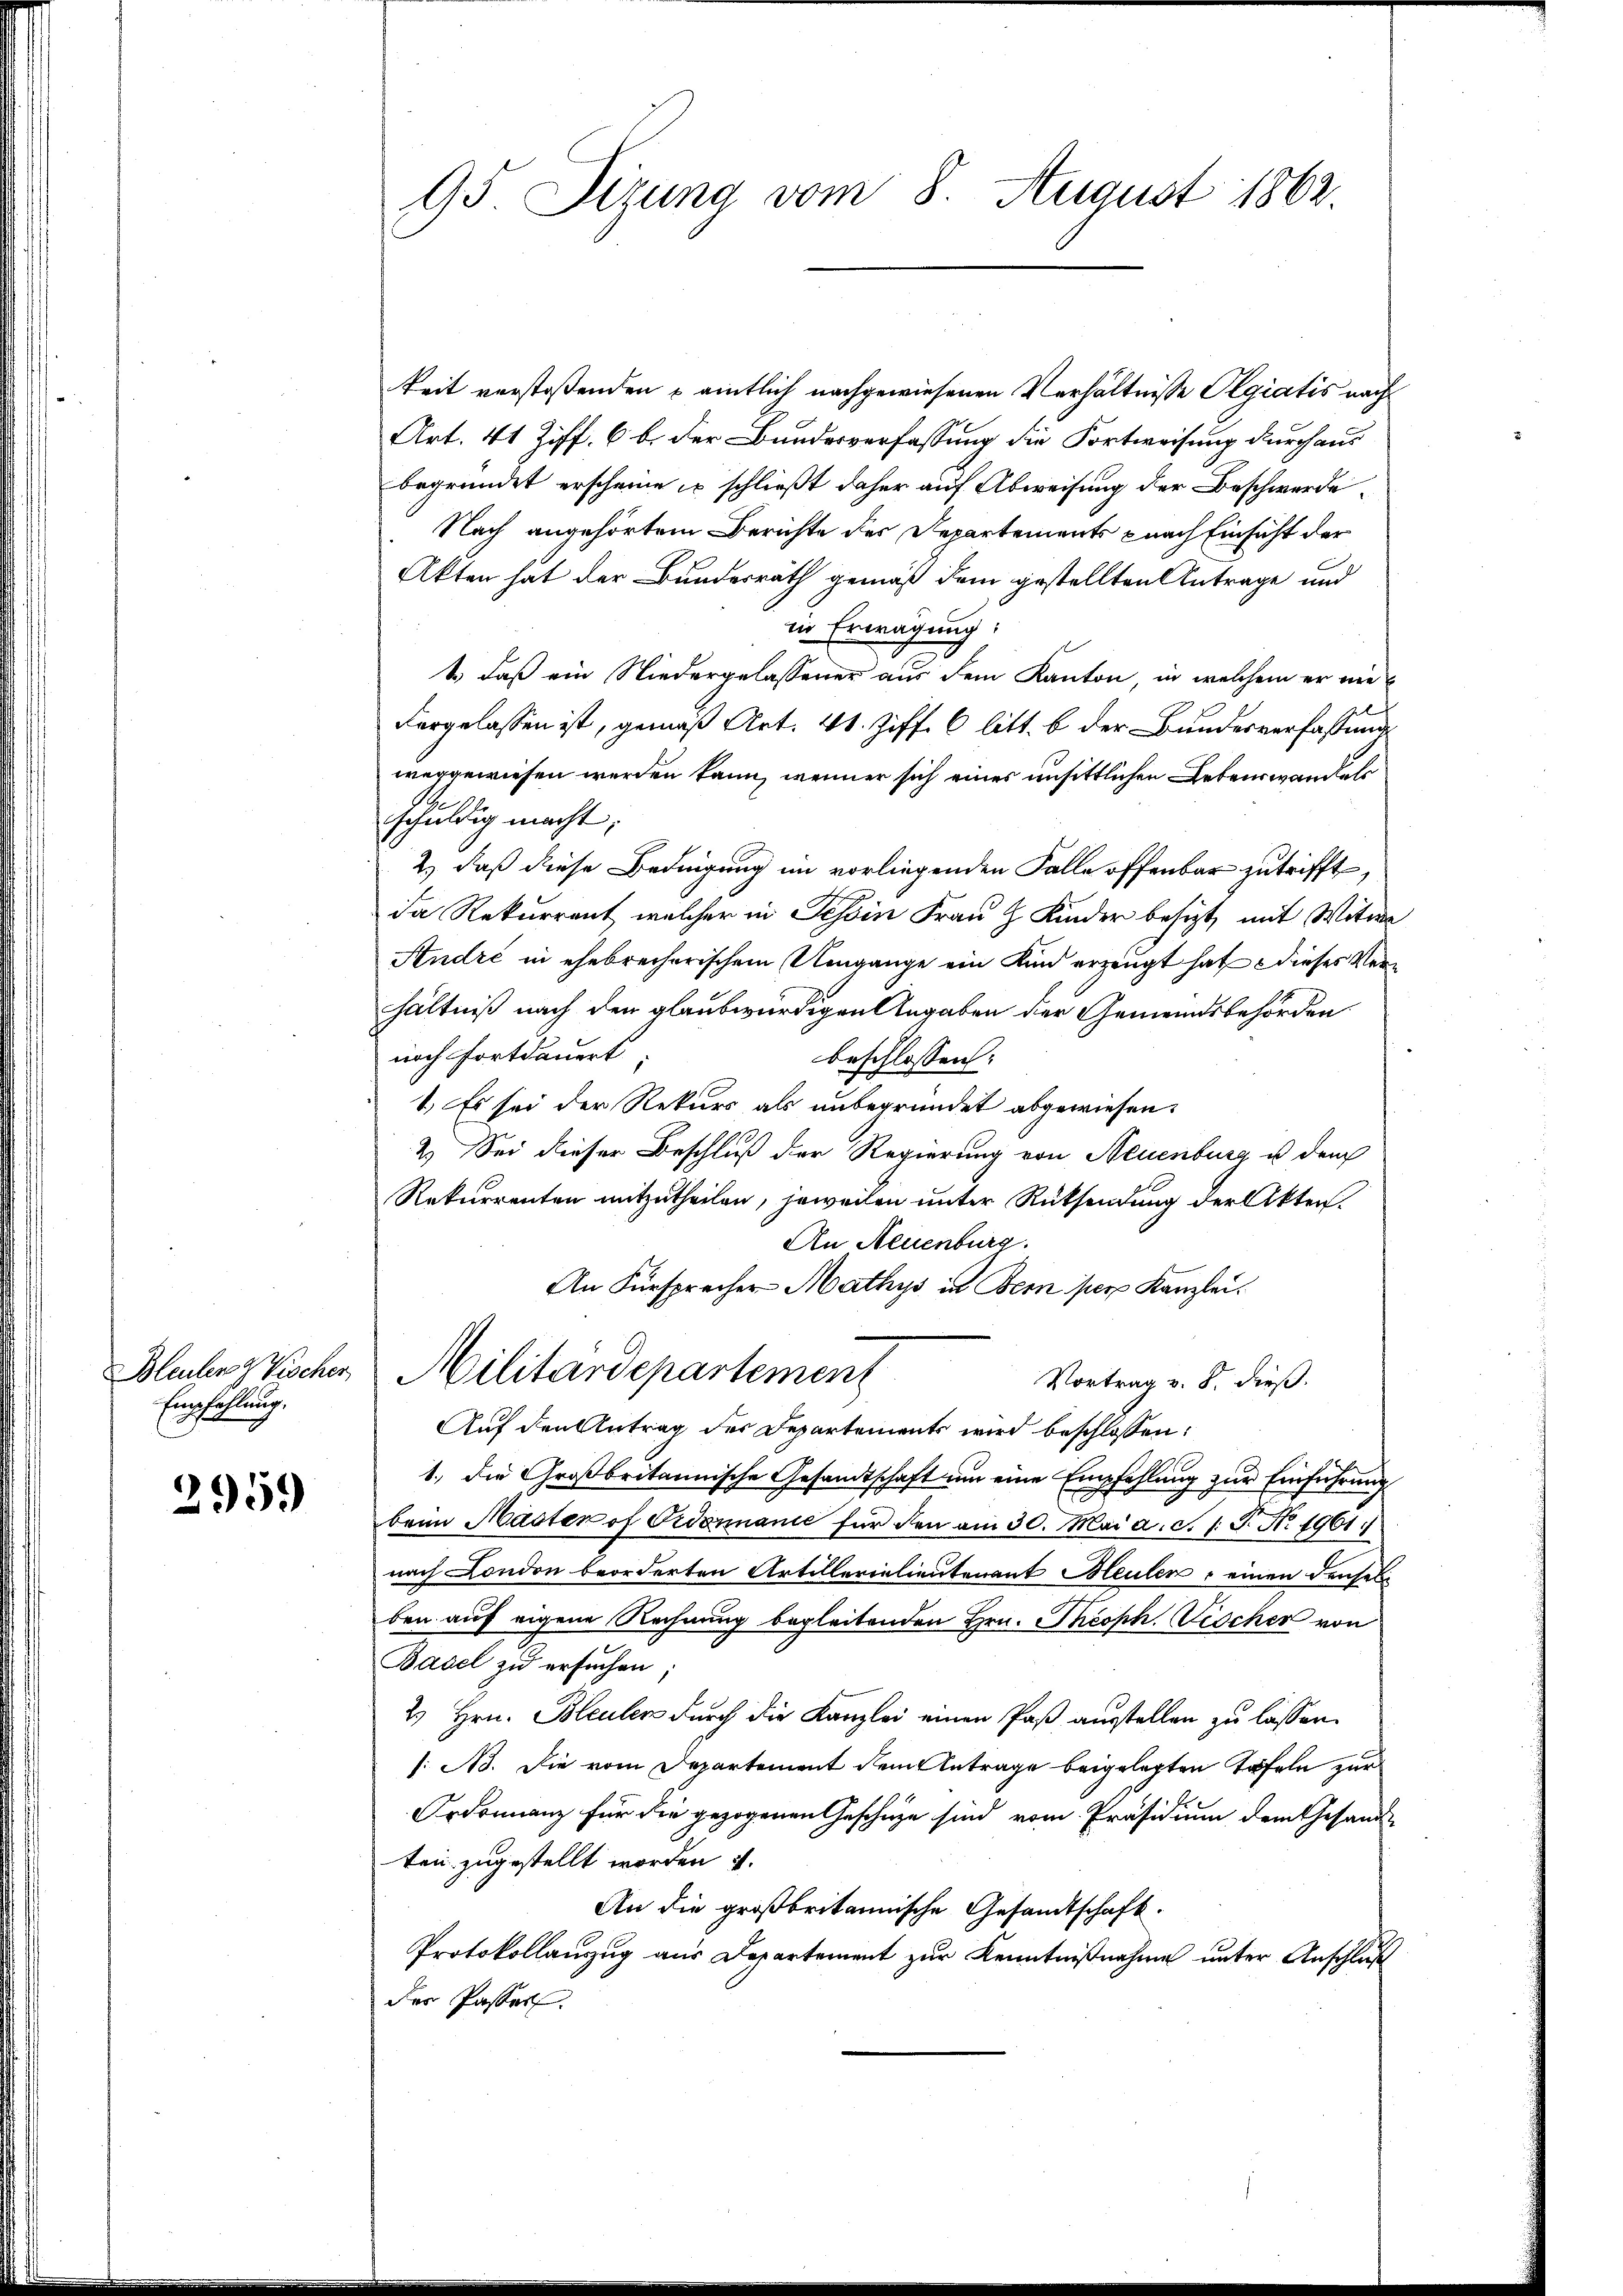
Bleuler Z Vischer
Empfehlung.

2959

95. Sizung vom 8. August 1862.

keit verstoßenden u amtlich nachgewiesenen Verhältnisse Olgiatis nach
Art. 41 Ziff. 6 b. der Bundesverfassung die Fortweisung durch aus
begründet erscheine u. schließt daher auf Abweisung der Beschwerde¬
Nach angehörtem Berichte der Departements nach Einsicht der
Akten hat der Bundesrath gemäß dem gestellten Antrage und
in Erwägung.
1., daß ein Niedergelassener aus dem Kanton, in welchem er nie
vorgelassen ist, gemäß Art. 41. Ziff. 6 litt. b der Bundesverfassung
weggewiesen werden kann, wenner sich eines unsittlichen Lebenswandels
schuldig macht;
2.) daß diese Bedingung im vorliegenden Falle offenbar zutrifft,
da Rekurrent, welcher in Tessin Frau Z Kinder besizt, mit Witwe
André in ehebrecherischem Umgange ein Kind erzeugt hat dieses Verhältniß nach den glaubwürdigen Angaben der Gemeindsbehörden
noch fortdauert
beschlossen:
1. Es sei der Rekurs als unbegründet abgewiesen.
2.) Sei dieser Beschluß der Regierung von Neuenburg u dem
Rekurrenten mitzutheilen, jeweilen unter Rücksendung der Akten.
An Neuenburg.
An Fürsprecher Mathys in Bern per Kanzlei.
Militärdepartement
Vortrag v. 8. dieß.
Auf den Antrag des Departements wird beschlossen:
1., die Großbritannische Gesandtschaft um eine Empfehlung zur Einführung
beim Master of Ordonnanie für den am 30. Mai a. c. 1. J. No. 1961.
nach London beorderten Artillerialientenant Bleulen, einen densel
ben auf eigene Rechnung begleitenden Hrn. Theoph Fischer von
Basel zu ersuchen,
2.) Hrn. Bleuler durch die Kanzlei einen Paß ausstellen zu lassen.
(N. Die vom Departement dem Antrage beigelegten Täfeln zur
Ordonnanz für die gezogenen Geschäze sind vom Präsidium dem Gesandten zugestellt worden u.
An die großbritannische Gesandtschaft.
Protokollauszug aus Departement zur Kenntnißnahme unter Anschluß
der Passer.